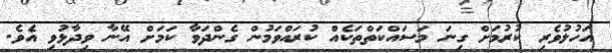
އަހުލުވެރި ކުރުމަށް ގިނަ މަސައްކަތްތަކެއް ކުރައްވަމުން ގެންދަވާ ކަމަށް އޭނާ ވިދާޅުވި އެވެ.